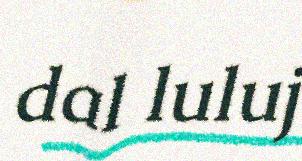
dal luluj